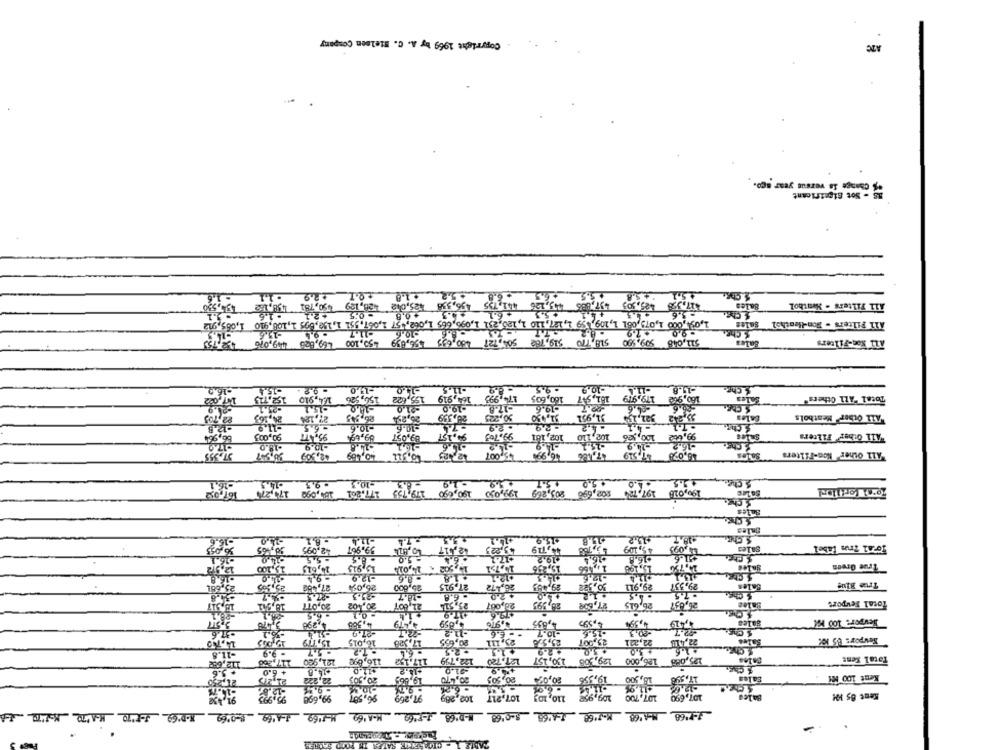
Copyright 1969 by A. C. Nielsen Company
ATC
"% Change is versus year ago.
15 - Sot Significant
- 1.6
455
+5,1 *+5,8
. 1.1
+1.8
. 6.8
$50,781 438,152
456,338 $25,012 -28,129
441,755
445,126
497,885
417.353 425,505
Sales
A11 Filters . Neathol
. 1.6
- 0,5
+0.8
+6.1
5.3
+4,1
- 5.6
1,0:4,000 1,075,061 1, 109, 99 1,127,110 1,125,231 1,095,665 1,062, 57 1,067.551 1,159,69: 1,108,910 1,085,912
All Filters . Non-beathol Sales
. 8.2.
+7.9
. 9.0
S Che.
-14.5
-11.7
.10.6
+50,100 469,623 449,076
504,727 450,635 456,639
519, 762
518, TIO
511,048 509,590
Sales
ALL Non-Filters
16.2
-11.5
-10.9
-11.4
-19.8
& Chp.
152,115
14,910
150,526
155,622
164,919
174,993
160,605
161,5-7
179,919
160,942
Sales
Total ALL Others"
15,1
-19.0
-17.8
-19.6
92.7
22,703
24,163
27.124
26,254
20,339
50,225
31,450
31,951
322,255
53,242
Sales
"All Other Meatbols
-12.8
-11.9
- 6.5
-10.6
- R.9
86,904
90,003
95,ATT
09,09
89,057
9,157
99.703
102,110 102, 161
100,536
99,002
"All Other Filters
-18.0
-15.2
170
-10.9
37,355
30,557
42,309
40,489
45.007
46,99%
17,186
$7,519
Soins
"All Other Non-Filters
- 1.0 + 5.0
Schen, +7.5
-26.1
. 9.5
-10.3
179 735 177.861 154,090 17-1274
-19
167,052
190,090
205,269 199,050
202,696
197.754
190,018
Sales
-11.4
$15.9
+18.7
-15.1
42,09
59.96T
42,41
43,223
4.119
13,788
45,109
1,095
219.2
54.0
- 545
€ 8.5
15.100
14,613
15,915
14,015
10,502
19,236
131-96
14.75%
True Green
- 9.4
. 8.6
:22
126
25,3
27,488
26,00
25,600
27.915
26,572
29,483
30,982
29,911
29.531
Sales
True Blue
-18.7
-20
- 6.8
6.5
Total Feuport
15,511
19,902
20,077
20,402
22,001
20,087
28, 995
27,698
26,615
20,837
- 6.5
1,298
4,363
4,859
4,976
4,895
5,595
4,59%
4,419
Hevper: 100 KK
21.9
- - E.6
-10.7
.37.6
1,119
Revpor: 85 KX
15,005
16,015
17,328
20,695
23, 211
25,5%
25,007
22,241
-11.8
-9.9
+2.9
+3.0
117:366
121,920
116,698
117,152
122,799
130,157 127.720
129,308
126,000
125,088
Total Kent
112,08
$11.0
91.0
1 Chg.
. 3.6
+ 6.0
94.8
+14.2
Kent 100 M
20,255
21,275
20,505
20,470
20,505
20,095
19.595
18,500
Sales
-15.75
-6.26
- 6.08
91,432
99,698
96,587
97,269
102.289
107,217
110, 103
109,958
107,700
107,690
Balea
Kent 85 KM
J.P.68. MAI68 MMJ'68 J+168 8-0168 M-D'68 J-FI60 M-A169 M-1169 1-1169 8-0'69 5.0'69 J-'70 MA 70 NUNCA
TABLE 1 - CIGARETTE SATES TH ROYTO SACHER